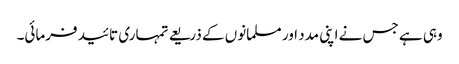
وہی ہے جس نے اپنی مدد اور مسلمانوں کے ذریعے تمہاری تائید فرمائی۔